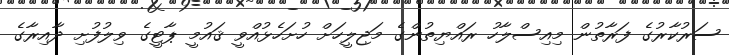
ސަރުކާރުގެ ފަރާތުން މިއިސްލާހު ރައްޔިތުންގެ މަޖިލީހަށް ހުށަހެޅުއްވީ ޤައުމީ ޕާޓީގެ ވިލުފުށި ދާއިރާގެ